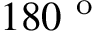
1 8 0 ^ { \mathrm { ~ o ~ } }